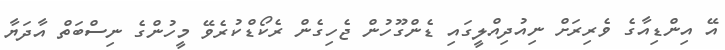
އޭ އިންޑިއާގެ ވެރިރަށް ނިއުދިއްލީގައި ޑެންގޫހުން ޖެހިގެން ރެކޯޑްކުރެވޭ މީހުންގެ ނިސްބަތް އާދަޔާ